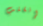
إنقلب